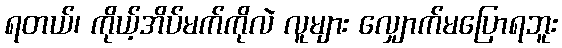
ရတယ်၊ ကိုယ့်အိပ်မက်ကိုလဲ လူများ လျှောက်မပြောရဘူး